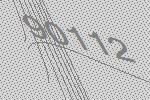
90112